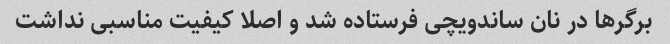
برگرها در نان ساندویچی فرستاده شد و اصلا کیفیت مناسبی نداشت